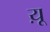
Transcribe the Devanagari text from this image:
य़ू